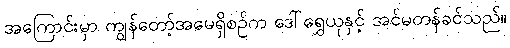
အကြောင်းမှာ ကျွန်တော့်အမေရှိစဉ်က ဒေါ်ရွှေယုနှင့် အင်မတန်ခင်သည်။